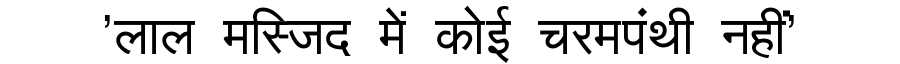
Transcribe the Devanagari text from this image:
'लाल मस्जिद में कोई चरमपंथी नहीं'